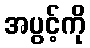
အပွင့်ကို